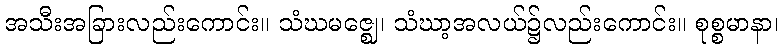
အသီးအခြားလည်းကောင်း။ သံဃမဇ္ဈေ၊ သံဃာ့အလယ်၌လည်းကောင်း။ စုစ္စမာနာ၊